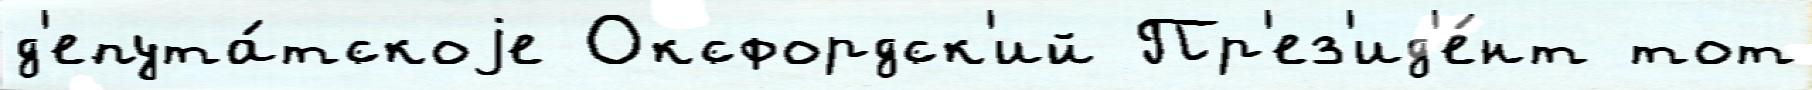
д'епута́тскоjе Оксфордск'ий Пр'ез'ид'е́нт тот